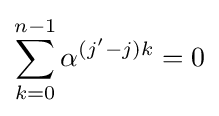
\sum _{k=0}^{n-1}\alpha ^{(j'-j)k}=0